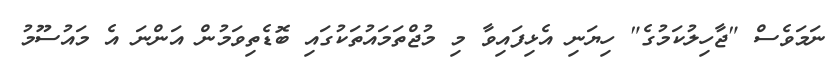
ނަމަވެސް "ޖާހިލުކަމުގެ" ހިޔަނި އެޅިފައިވާ މި މުޖްތަމައުތަކުގައި ބޮޑެތިވަމުން އަންނަ އެ މައުސޫމު